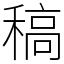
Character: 稿